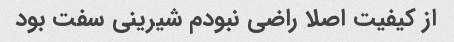
از کیفیت اصلا راضی نبودم شیرینی سفت بود